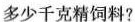
多少千克精饲料?